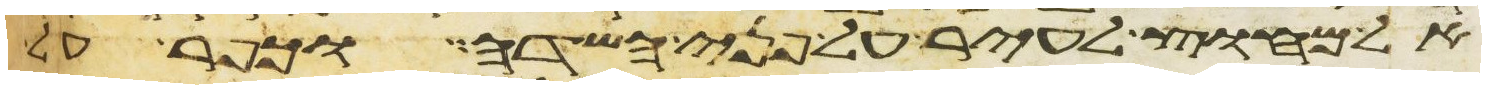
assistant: אל מחוץ לעיר על פני השדה וכפר על